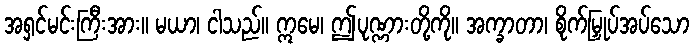
အရှင်မင်းကြီးအား။ မယာ၊ ငါသည်။ ဣမေ၊ ဤပုဏ္ဏားတို့ကို။ အက္ခာတာ၊ စိုက်မြှုပ်အပ်သော